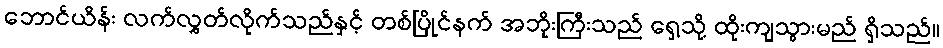
ဘောင်ယိန်း လက်လွှတ်လိုက်သည်နှင့် တစ်ပြိုင်နက် အဘိုးကြီးသည် ရှေ့သို့ ထိုးကျသွားမည် ရှိသည်။